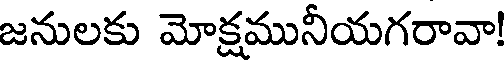
జనులకు మోక్షమునీయగరావా!